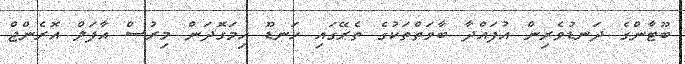
ބޫޓާންގެ ދަނޑުވެރިން އުފައްދާ ބާވަތްތަކުގެ ތެރޭގައި ހަނޑޫ ހިމަގޮދަން މިރުސް އާފަލް އޮރެންޖް